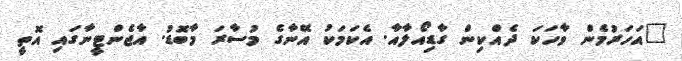
"އަހަރުމެން ވާހަކަ ދެއްކިން ގާޑިއޯލާއާ. އެކަމަކު އޭނާގެ މުސާރަ މާބޮޑު. އާޖެންޓީނާގައި އޮތީ